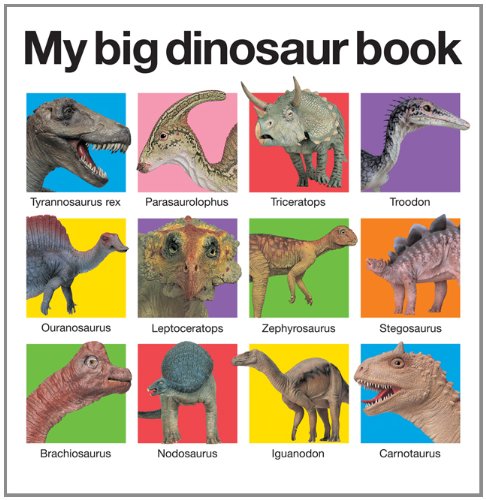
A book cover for My Big Dinosaur Book; Roger Priddy; Children's Books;